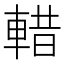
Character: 𮝖